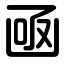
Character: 凾